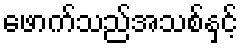
ဖောက်သည်အသစ်နှင့်